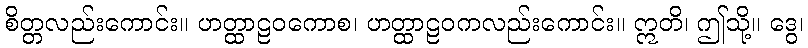
စိတ္တလည်းကောင်း။ ဟတ္ထာဠဝကောစ၊ ဟတ္ထာဠဝကလည်းကောင်း။ ဣတိ၊ ဤသို့။ ဒွေ၊